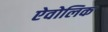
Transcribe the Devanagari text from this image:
ऐवोलिक